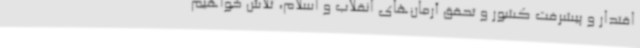
اقتدار و پیشرفت کشور و تحقق آرمان‌های انقلاب و اسلام، تلاش خواهیم